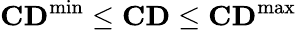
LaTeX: \mathbf{CD}^{\mathrm{{min}}}\leq\mathbf{CD}\leq\mathbf{CD}^{\mathrm{{max}}}